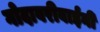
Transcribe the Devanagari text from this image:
गोदावरीबाईंनी